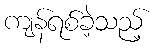
ကျန်ရစ်ခဲ့သည့်